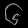
Digit: ၆